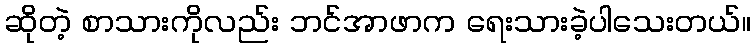
ဆိုတဲ့ စာသားကိုလည်း ဘင်အာဖာက ရေးသားခဲ့ပါသေးတယ်။